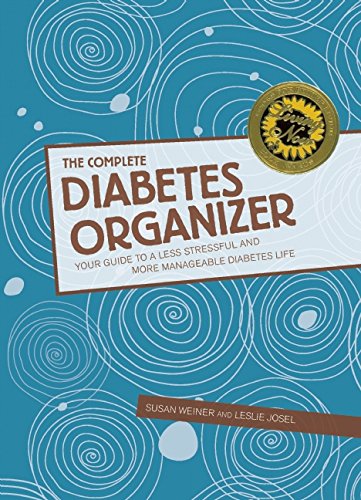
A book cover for The Complete Diabetes Organizer: Your Guide to a Less Stressful and More Manageable Diabetes Life; Susan Weiner; Health, Fitness & Dieting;